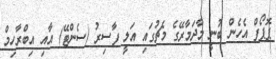
ޕޮޕޯފް އެހެން ބުނީ މާދަމާރޭގެ މެޗުގައި އަލީ ފާސިރު (ސެންޓޭ) އާއި އިބްރާހިމް